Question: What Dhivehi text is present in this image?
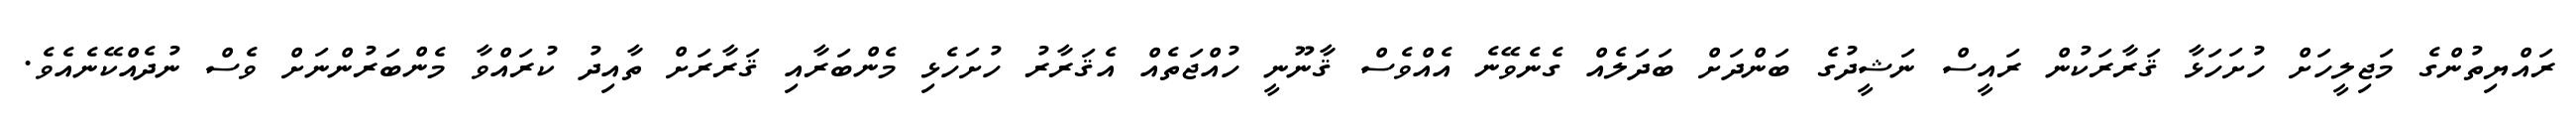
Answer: ރައްޔިތުންގެ މަޖިލީހަށް ހުށަހަޅާ ޤަރާރަކުން ރައީސް ނަޝީދުގެ ބަންދަށް ބަދަލެއް ގެނެވޭނެ އެއްވެސް ޤާނޫނީ ހުއްޖަތެއް އެޤަރާރު ހުށަހެޅި މެންބަރާއި ޤަރާރަށް ތާއިދު ކުރައްވާ މެންބަރުންނަށް ވެސް ނުދެއްކޭނެއެވެ.